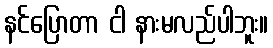
နင်ပြောတာ ငါ နားမလည်ပါဘူး။